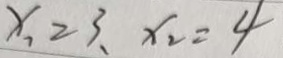
x _ { 1 } = 3 , x _ { 2 } = 4